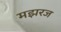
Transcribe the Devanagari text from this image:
मझरज